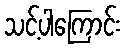
သင့်ပါကြောင်း